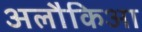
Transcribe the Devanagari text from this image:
अलौकिआ